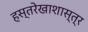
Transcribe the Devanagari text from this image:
हस्तरेखाशास्त्र